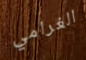
الغرامي